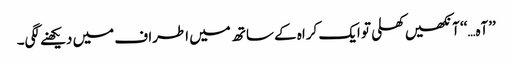
’’آہ…‘‘ آنکھیں کھلی تو ایک کراہ کے ساتھ میں اطراف میں دیکھنے لگی۔